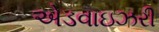
એડવાઇઝરી